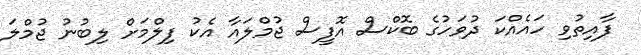
ފާއިތުވި ހައެއްކަ ދުވަހުގެ ބޮކްސް އޮފީސް ޖުމްލައާ އެކު ފިލްމަށް ލިބުނު ޖުމްލަ